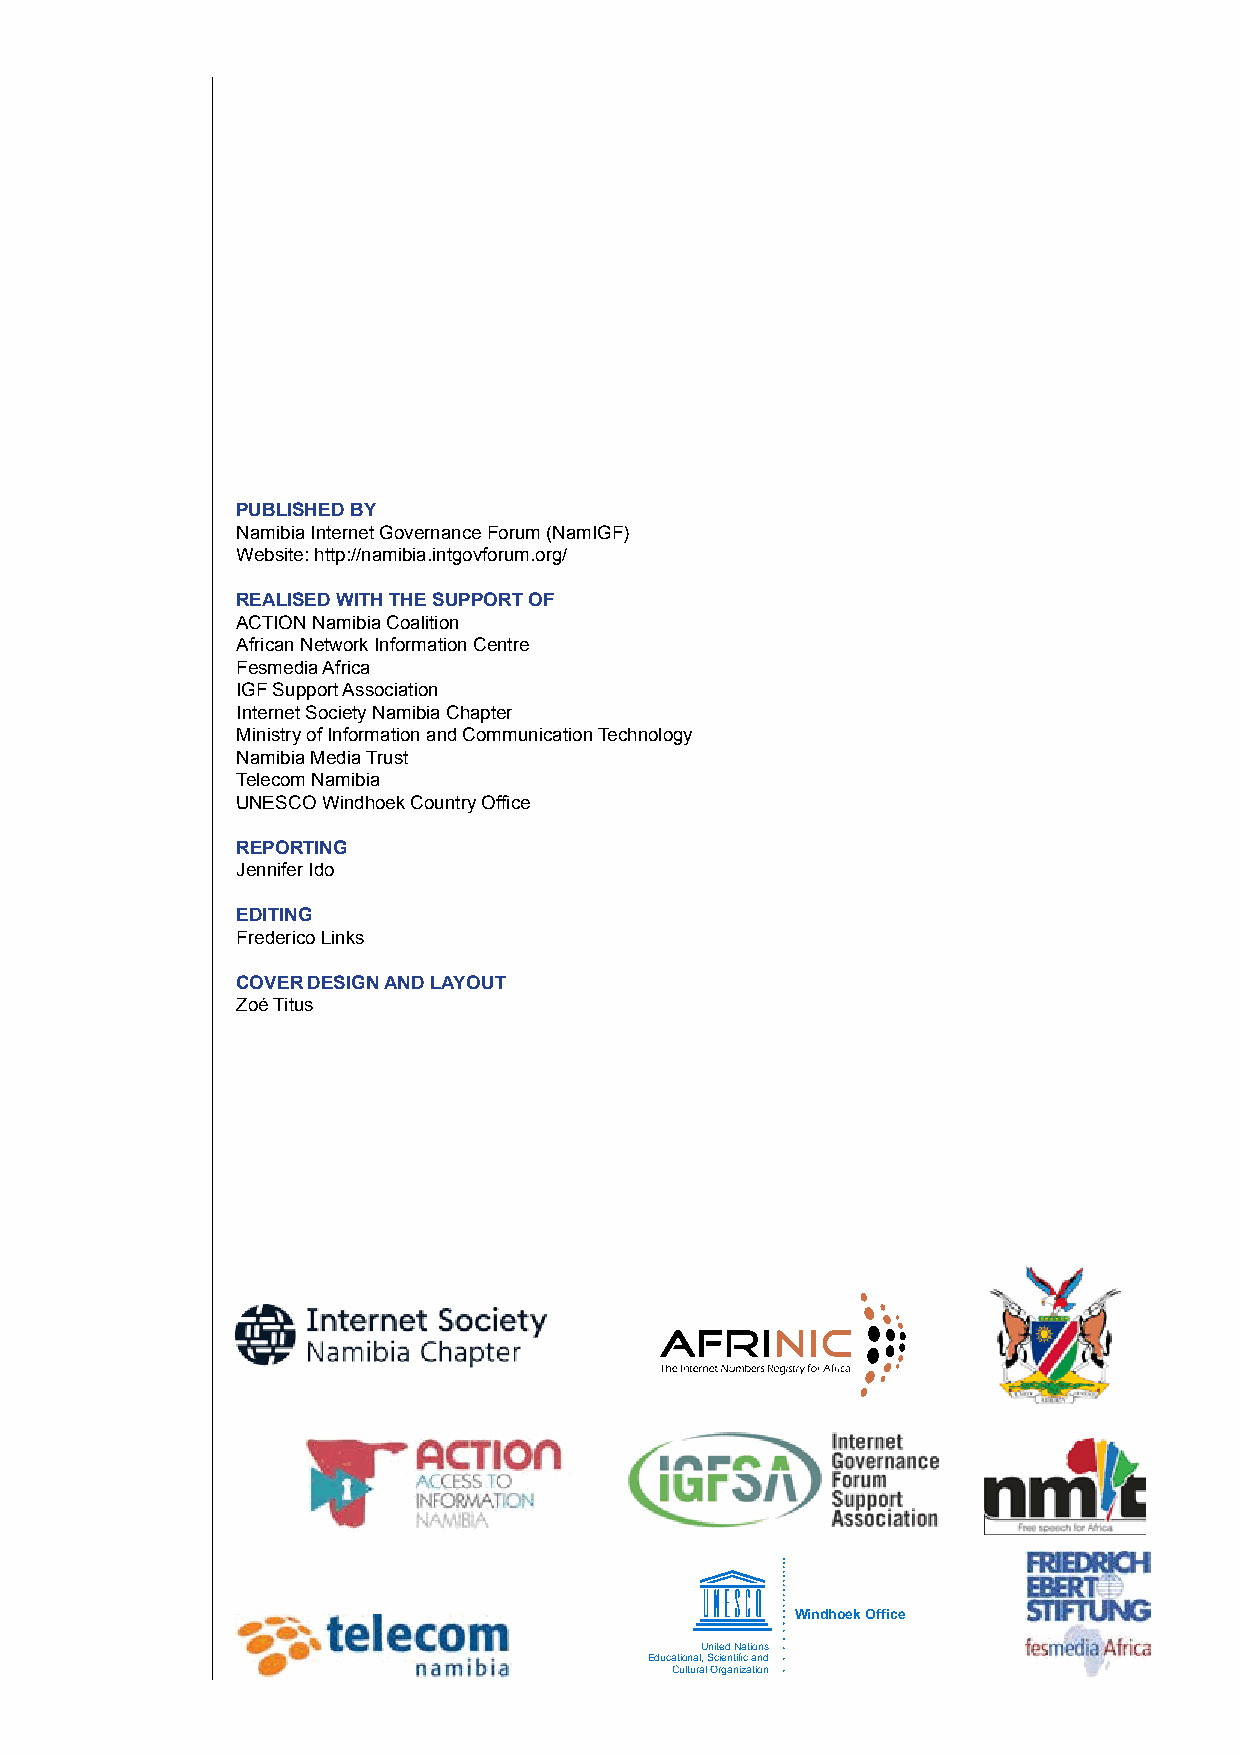
Published by
 Namibia Internet Governance Forum (NamIGF)
 Website: http://namibia.intgovforum.org/
 Realised with the suPPoRt of
 ACTION Namibia Coalition
 African Network Information Centre
 Fesmedia Africa
 IGF Support Association
 Internet Society Namibia Chapter
 Ministry of Information and Communication Technology
 Namibia Media Trust
 Telecom Namibia
 UNESCO Windhoek Country Office
 RePoRting
 Jennifer Ido
 editing
 Frederico Links
 CoveR design and layout
 Zoé Titus
 Windhoek Office
 United Nations
 Educational, Scientific and
 Cultural Organization